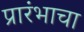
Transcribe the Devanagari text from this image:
प्रारंभाचा